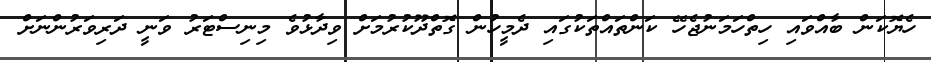
ހެޔޮކަން ބާއްވައި ހިތްހަމަނުޖެހޭ ކަންތައްތަކުގައި ދެމީހުން ގޮތްދޫކުރުމަށް ވިދާޅުވެ މިނިސްޓަރު ވަނީ ދަރިވަރުންނަށް